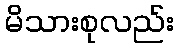
မိသားစုလည်း